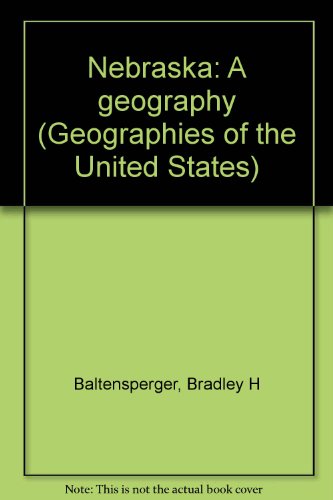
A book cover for Nebraska, a geography (Westview geographies of the United States); Bradley H Baltensperger; Travel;